Vaccine operations Central Provinces 1886-1899 - 1886-1899
Year: 1886
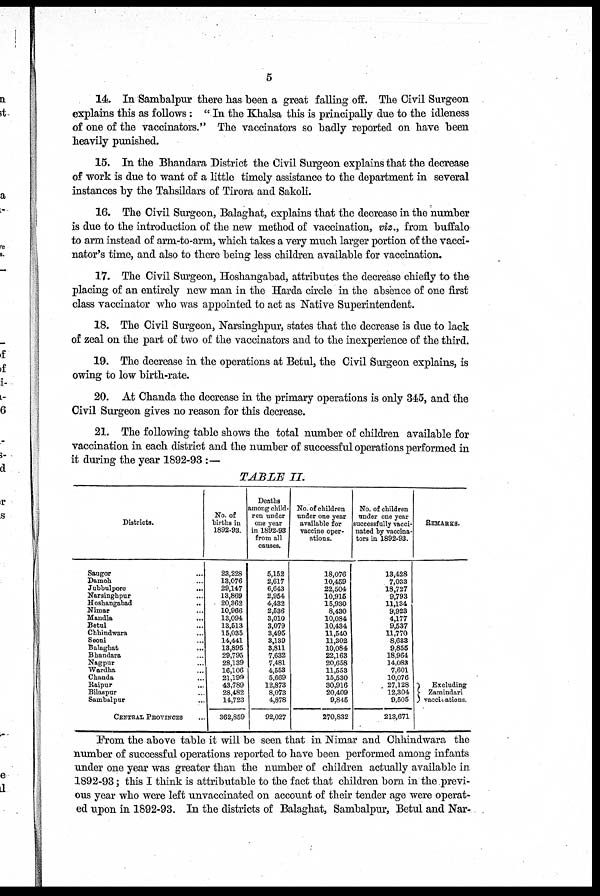
5
14. In Sambalpur there has been a great falling off. The Civil Surgeon
explains this as follows: " In the Khalsa this is principally due to the idleness
of one of the vaccinators." The vaccinators so badly reported on have been
heavily punished.
15. In the Bhandara District the Civil Surgeon explains that the decrease
of work is due to want of a little timely assistance to the department in several
instances by the Tahsildars of Tirora and Sakoli.
16. The Civil Surgeon, Balaghat, explains that the decrease in the number
is due to the introduction of the new method of vaccination, viz., from buffalo
to arm instead of arm-to-arm, which takes a very much larger portion of the vacci-
nator's time, and also to there being less children available for vaccination.
17. The Civil Surgeon, Hoshangabad, attributes the decrease chiefly to the
placing of an entirely new man in the Harda circle in the absence of one first
class vaccinator who was appointed to act as Native Superintendent.
18. The Civil Surgeon, Narsinghpur, states that the decrease is due to lack
of zeal on the part of two of the vaccinators and to the inexperience of the third.
19. The decrease in the operations at Betul, the Civil Surgeon explains, is
owing to low birth-rate.
20. At Chanda the decrease in the primary operations is only 345, and the
Civil Surgeon gives no reason for this decrease.
21. The following table shows the total number of children available for
vaccination in each district and the number of successful operations performed in
it during the year 1892-93 :—
TABLE II.
Districts.
Saugor ...
Damoh ...
Jubbulpore
...
Narsinghpur ...
Hoshangabad
...
Nimar ...
Mandla ...
Betul ...
Chhindwara ...
Seoni ...
Balaghat ...
Bhandara ...
Nagpur ...
Wardha ...
Chanda ...
Raipur ...
Bilaspur ...
Sambalpur ...
CENTRAL PROVINCES ...
No. of
births in
1892-93.
23,228
13,076
29,147
13,869
20,362
10,966
13,094
13,513
15,035
14,441
13,895
29,795
28,139
16,106
21,199
43,789
28,482
14,723
362,859
Deaths
among child-
ren under
one year
in 1892-93
from all
causes.
5,152
2,617
6,643
2,954
4,432
2,536
3,010
3,079
3,495
3,139
3,811
7,632
7,481
4,553
5,669
12,873
8,073
4,878
92,027
No. of children
under one year
available for
vaccine oper-
ations.
18,076
10,459
22,504
10,915
15,930
8,430
10,084
10,434
11,540
11,302
10,084
22,163
20,658
11,553
15,530
30,916
20,409
9,845
270,832
No. of children
under one year
successfully vacci-
nated by vaccina-
tors in 1892-93.
13,428
7,033
18,727
9,793
11,134
9,923
4,177
9,537
11,770
8,633
9,855
18,964
14,083
7,601
10,076
27,128
12,304
9,505
213,671
REMARKS.
Excluding
Zamindari
vaccinations.
From the above table it will be seen that in Nimar and Chhindwara the
number of successful operations reported to have been performed among infants
under one year was greater than the number of children actually available in
1892-93; this I think is attributable to the fact that children born in the previ-
ous year who were left unvaccinated on account of their tender age were operat-
ed upon in 1892-93. In the districts of Balaghat, Sambalpur, Betul and Nar-